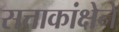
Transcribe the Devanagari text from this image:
सत्ताकांक्षेने